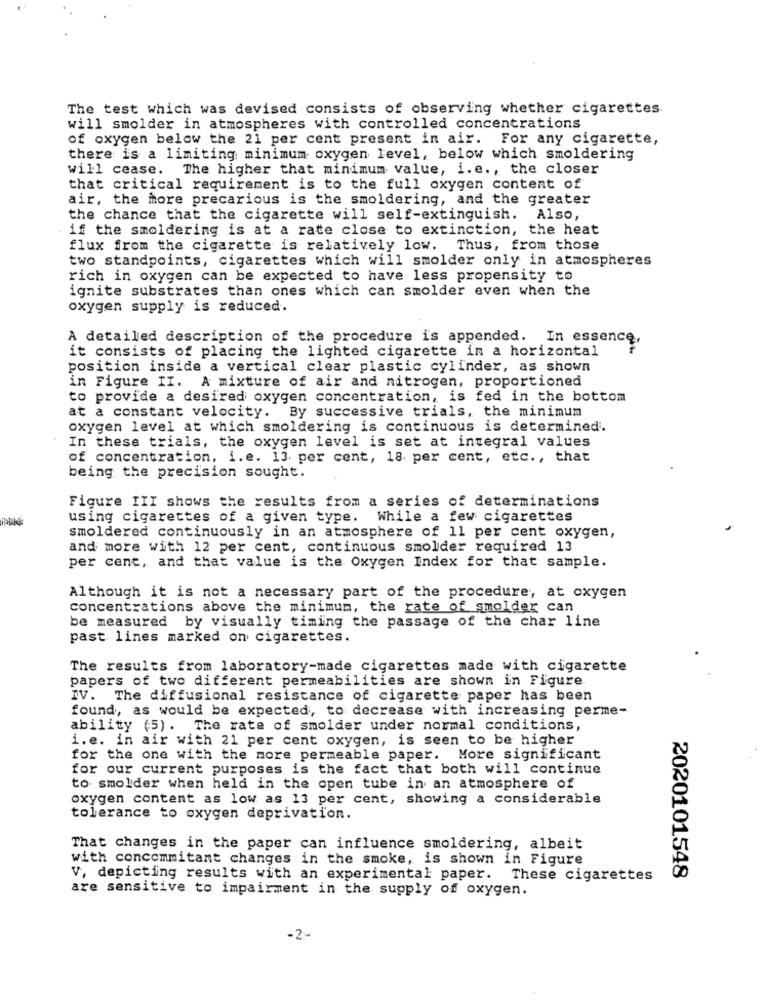
The test which was devised consists of observing whether cigarettes
will smolder in atmospheres with controlled concentrations
of oxygen below the 21 per cent present in air. For any cigarette,
there is a limiting minimum oxygen level, below which smoldering
will cease. The higher that minimum value, i.e ., the closer
that critical requirement is to the full oxygen content of
air, the more precarious is the smoldering, and the greater
the chance that the cigarette will self-extinguish. Also,
if the smoldering is at a rate close to extinction, the heat
flux from the cigarette is relatively low. Thus, from those
two standpoints, cigarettes which will smolder only in atmospheres
rich in oxygen can be expected to have less propensity to
ignite substrates than ones which can smolder even when the
oxygen supply is reduced.
A detailed description of the procedure is appended. In essence,
it consists of placing the lighted cigarette in a horizontal
position inside a vertical clear plastic cylinder, as shown
in Figure II. A mixture of air and nitrogen, proportioned
to provide a desired oxygen concentration, is fed in the bottom
at a constant velocity. By successive trials, the minimum
oxygen level at which smoldering is continuous is determined.
In these trials, the oxygen level is set at integral values
of concentration, i.e. 13 per cent, 18 per cent, etc ., that
being the precision sought.
Figure III shows the results from a series of determinations
using cigarettes of a given type. While a few cigarettes
smoldered continuously in an atmosphere of 11 per cent oxygen,
and more with 12 per cent, continuous smolder required 13
per cent, and that value is the Oxygen Index for that sample.
Although it is not a necessary part of the procedure, at oxygen
concentrations above the minimum, the rate of smolder can
be measured by visually timing the passage of the char line
past lines marked on cigarettes.
The results from laboratory-made cigarettes made with cigarette
papers of two different permeabilities are shown in Figure
IV. The diffusional resistance of cigarette paper has been
found, as would be expected, to decrease with increasing perme-
ability (5). The rate of smolder under normal conditions,
i.e. in air with 21 per cent oxygen, is seen to be higher
for the one with the more permeable paper. More significant
for our current purposes is the fact that both will continue
to smolder when held in the open tube in an atmosphere of
oxygen content as low as 13 per cent, showing a considerable
tolerance to oxygen deprivation.
That changes in the paper can influence smoldering, albeit
with concommitant changes in the smoke, is shown in Figure
V, depicting results with an experimental paper. These cigarettes
2020101548
are sensitive to impairment in the supply of oxygen.
-2-